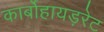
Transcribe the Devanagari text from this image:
कार्बोहायड़रेट